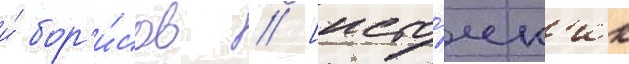
и́ бор'и́сов // [исто́чн'ик